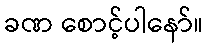
ခဏ စောင့်ပါနော်။